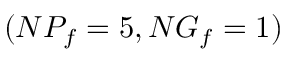
( N P _ { f } = 5 , N G _ { f } = 1 )